Report on vaccination in Madras 1904-1921 - 1904-1921
Year: 1904
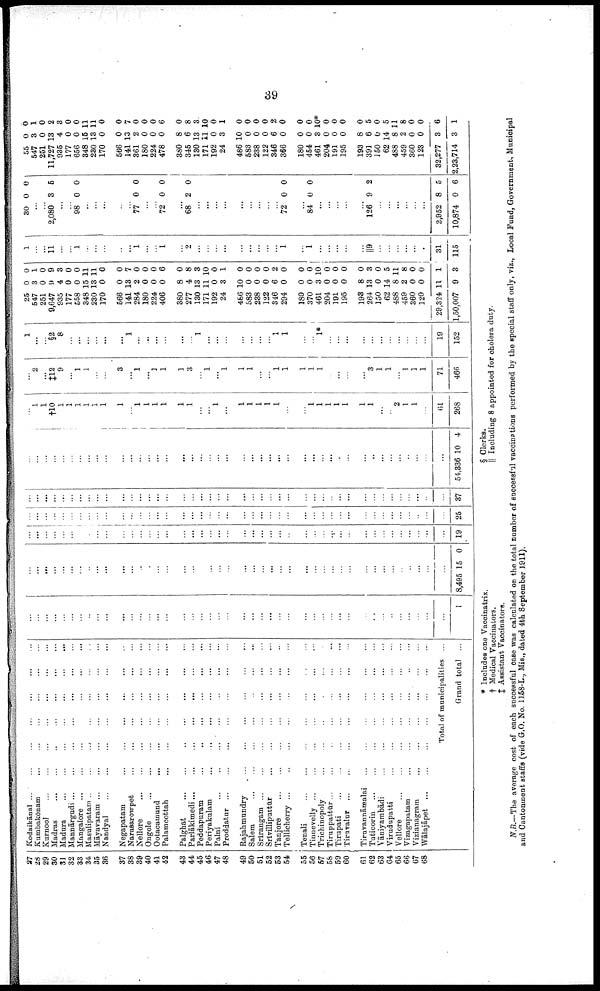
39
27
28
29
30
31
32
33
34
35
36
37
38
39
40
41
42
43
44
45
46
47
48
49
50
51
52
53
54
55
56
57
58
59
60
61
62
63
64
65
66
67
68
Kodaikānal ... ... ... ... ... ... ...
Kumbakōnam ... ... ... ... ... ...
Kurnool
...
...
...
...
...
...
...
Madras
...
...
...
...
...
...
...
Madura
...
...
...
...
...
...
...
Mannārgudi
...
...
...
...
...
...
...
Mangalore
...
...
...
...
...
...
...
Masulipatam
...
...
...
...
...
...
...
Māyavaram
...
...
...
...
...
...
...
Nandyal
...
...
...
...
...
...
...
Negapatam ... ... ... ... ... ... ...
Narasarowpet
...
...
...
...
...
...
...
Nellore
...
...
...
...
...
...
...
Ongole
...
...
...
...
...
...
Ootacamund
...
...
...
...
...
...
...
Palamcottah
...
...
...
...
...
...
...
Palghat
...
...
...
...
...
...
...
Parlākimedi
...
...
...
...
...
...
...
Peddapuram
...
...
...
...
...
...
...
Periyakulam ... ... ... ... ... ... ...
Palni
...
...
...
...
...
...
...
Proddatur
...
...
...
...
...
...
...
Rajahmudry
...
...
...
...
...
...
Salem
...
...
...
...
...
...
...
Srīrangam
...
...
...
...
...
...
...
Srīvilliputtūr
...
...
...
...
...
...
...
Tanjore
...
...
...
...
...
...
...
Tellicherry
...
...
...
...
...
...
...
Tenali
...
...
...
...
...
...
...
Tinnevelly ... ... ... ... ... ... ...
Trichinopoly ... ... ... ... ... ... ...
Tiruppattur
...
...
...
...
...
...
...
Tirupati
...
...
...
...
...
...
...
Tiruvalur ... ... ... ... ... ... ...
Tiruvannāmalai ... ... ... ... ... ... ...
Tuticorin
...
...
...
...
...
...
...
Vāniyambādi
...
...
...
...
...
...
...
Virudupatti
...
...
...
...
...
...
...
Vellore
...
...
...
...
...
...
...
Vizagapatam
...
...
...
...
...
...
...
Vizianagram ... ... ... ... ... ... ...
Wālajāpet ... ... ... ... ... ... ...
Total of municipalities ...
Grand total ...
...
...
...
...
...
...
...
...
...
...
...
...
...
...
...
...
...
...
...
...
...
...
...
...
...
...
...
...
...
...
...
...
...
...
...
...
...
...
...
...
...
...
...
1
...
...
...
...
...
...
...
...
...
...
...
...
...
...
...
...
...
...
...
...
...
...
...
...
...
...
...
...
...
...
...
...
...
...
...
...
...
...
...
...
...
...
...
8,495 15 0
...
...
...
...
...
...
...
...
...
...
...
...
...
...
...
...
...
...
...
...
...
...
...
...
...
...
...
...
...
...
...
...
...
...
...
...
...
...
...
...
...
...
...
19
...
...
...
...
...
...
...
...
...
...
...
...
...
...
...
...
...
...
...
...
...
...
...
...
...
...
...
...
...
...
...
...
...
...
...
...
...
...
...
...
...
...
...
25
...
...
...
...
...
...
...
...
...
...
...
...
...
...
...
...
...
...
...
...
...
...
...
...
...
...
...
...
...
...
...
...
...
...
...
...
...
...
...
...
...
...
...
37
...
...
...
...
...
...
...
...
...
...
...
...
...
...
...
...
...
...
...
...
...
...
...
...
...
...
...
...
...
...
...
...
...
...
...
...
...
...
...
...
...
...
...
54,336 10 4
...
1
1
†10
1
1
1
1
1
1
1
...
1
1
1
1
1
1
...
...
1
...
1
1
1
1
1
...
...
1
1
1
1
1
1
1
...
...
2
1
1
...
61
268
...
2
...
‡12
9
...
1
1
...
...
3
...
1
...
1
1
1
3
...
1
...
1
1
1
...
...
1
1
1
1
1
...
...
...
...
3
1
1
...
1
1
1
71
466
1
...
...
§2
8
...
...
...
...
...
...
1
...
...
...
...
...
...
1
...
...
...
...
...
...
...
1
1
...
...
1*
...
...
...
...
...
...
...
...
...
...
...
19
152
25
547
251
9,647
935
177
558
348
230
170
566
141
284
180
224
406
380
277
130
171
192
24
486
583
238
122
346
294
180
370
461
204
191
195
193
264
150
62
488
459
360
120
29,324
1,50,007
0
3
0
9
4
0
0
15
13
0
0
13
2
0
0
0
8
4
13
11
0
3
10
0
0
0
6
0
0
0
3
0
0
0
8
13
0
14
8
2
0
0
11
9
0
1
0
9
3
0
0
11
11
0
0
7
0
0
0
6
0
8
3
10
0
1
0
0
0
0
2
0
0
0
10
0
0
0
0
3
0
5
11
8
0
0
1
3
1
...
... 11
...
...
1
...
...
...
...
...
1
...
...
1
...
2
...
...
...
...
...
...
...
...
...
1
...
1
...
...
...
...
...
||9
...
...
...
...
...
...
31
115
30 0 0
...
...
2,080 3 5
...
...
98 0 0
...
...
...
...
...
77 0 0
...
...
72 0 0
...
68 2 0
...
...
...
...
...
...
...
...
...
72 0 0
...
84 0 0
...
...
...
...
...
126 9 2
...
...
...
...
...
...
2,952
10,874
8
0
5
6
55
547
251
11,727
935
177
656
348
230
170
566
141
361
180
224
478
380
345
130
171
192
24
486
583
238
122
346
366
180
454
461
204
191
195
193
391
150
62
488
459
360
123
32,277
2,23,714
0
3
0
13
4
0
0
15
13
0
0
13
2
0
0
0
8
6
13
11
0
3
10
0
0
0
6
0
0
0
3
0
0
0
8
6
0
14
8
2
0
0
3
3
0
1
0
2
3
0
0
11
11
0
0
7
0
0
0
6
0
8
3
10
0
1
0
0
0
0
2
0
0
0
10*
0
0
0
0
5
0
5
11
8
0
0
6
1
* Includes one Vaccinatrix.
† Medical Vaccinators.
‡ Assistant Vaccinators.
§ Clerks.
|| Including 8 appointed for cholera duty.
N.B.—The average cost of each successful case was calculated on the total number of successful vaccinations performed by the special staff only, viz., Local Fund, Government, Municipal
and Cantonment staffs (vide G.O. No. 1158-L., Mis., dated 4th September 1911).